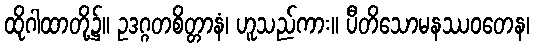
ထိုဂါထာတို့၌။ ဥဒဂ္ဂတစိတ္တာနံ၊ ဟူသည်ကား။ ပီတိသောမနဿဝတေန၊